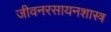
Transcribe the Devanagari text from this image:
जीवनरसायनशास्त्र